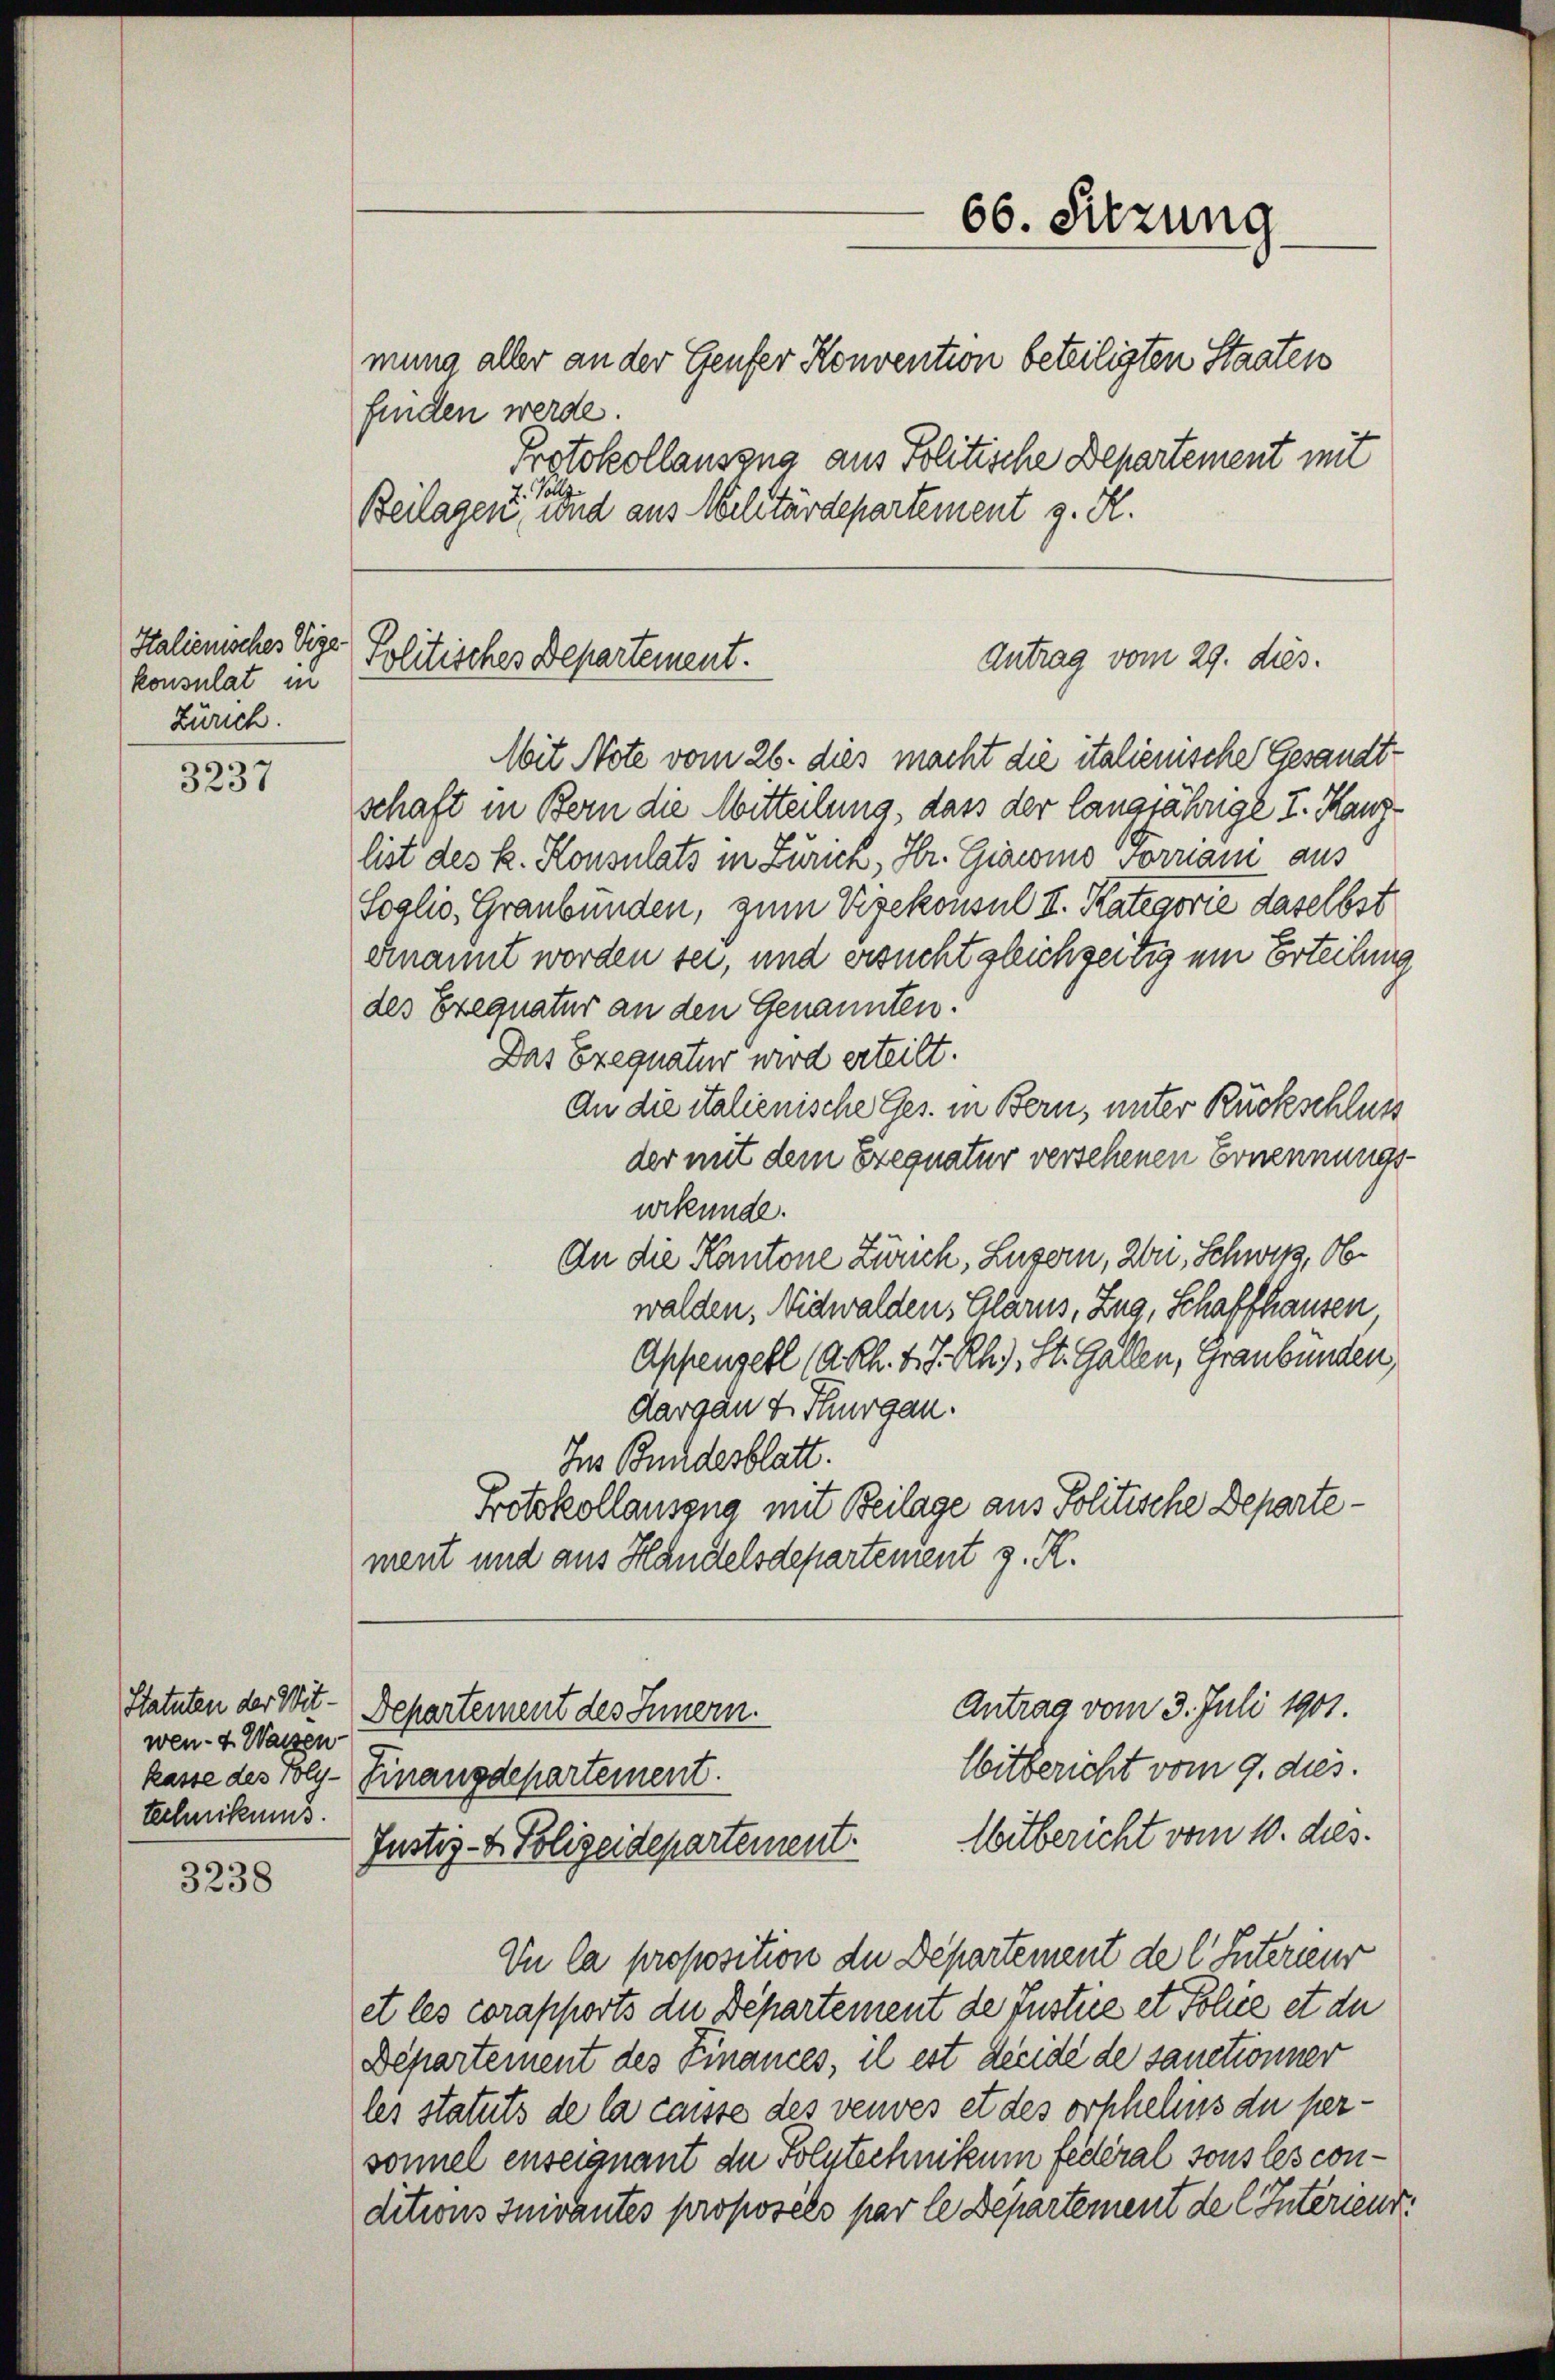
Italienisches Vige
konsulat in
Zürich.

3237

Statuten der Wit-
wen- 4. Wassen
technikums

3238

finden werde.
Protokollauszug aus Politische Departement mit
7. Vollz
Beilagen, und aus Militärdepartement z. R.

Politisches Departement.

Mit Note vom 26. dies macht die italienische Gesandtschaft in Bern die Mitteilung, dass der langjährige I. Kanzlist des k. Konsulats in Zürich, Hr. Giacomo vorriani aus
Soglio, Graubünden, zum Vizekonsul II. Kategorie daselbst
ernannt worden sei, und ersucht gleichzeitig um Erteilung
des Exequatur an den Genannten.
Das Exequatur wird erteilt.
An die italienische Ges. in Bern, unter Rückschluss
der mit dem Exequatur versehenen Ernennungsurkunde.
An die Kantone Zürich, Luzern, Won, Schweiz, Obwalden, Nidwalden, Glarus, Zug, Schaffhausen
Appenzell (A.Rh. v. J. Rh.), St. Gallen, Graubünden,
Aargau & Thurgau.
Ins Bundesblatt.
Protokollauszug mit Beilage aus Politische Departe.
ment und aus Handelsdepartement z. R.
Antrag vom 3. Juli 1901.
Departement des Innern.
Witbericht vom 9. dies.
kasse des Poly-Finanzdepartement.
Witbericht vom 10. dies.
Justiz- & Polizeidepartement.
Dn la proposition der Departement de l. Interieur
et les corapports die Departement de Justice et Police et de
Departement des Finances, il est dreise de sanctionner
les statuts de la caisse des veuves et des orhhelus du personnel enseignant de Polytechnikum festeral sous les conditions Inivantes proposées par le Departement de l Interieur

66. Sitzung
mung aller an der Genfer Konvention beteiligten Staaten

Antrag vom 29. dies.